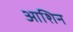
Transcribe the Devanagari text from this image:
आशिन